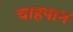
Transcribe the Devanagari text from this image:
चाहपान